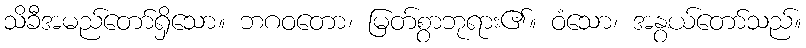
သိခီအမည်တော်ရှိသော။ ဘဂဝတော၊ မြတ်စွာဘုရား၏။ ဝံသော၊ အနွယ်တော်သည်။